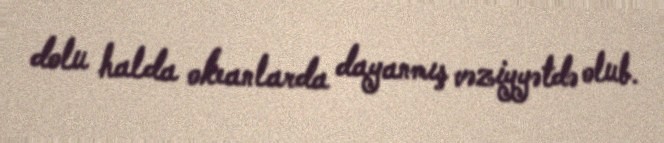
dolu halda okeanlarda dayanmış vəziyyətdə olub.